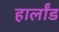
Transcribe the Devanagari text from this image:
हार्लांड